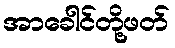
အာခေါင်တို့ဖတ်